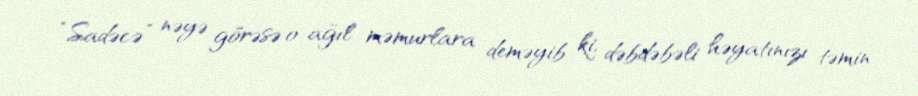
“Sadəcə” nəyə görəsə o ağıl məmurlara deməyib ki, dəbdəbəli həyatınızı təmin